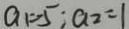
a _ { 1 } = - 5 ; a _ { 2 } = 1